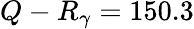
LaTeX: Q-R_{\gamma}=150.3